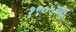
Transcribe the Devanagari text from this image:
१९०५च्या